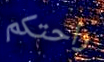
راحتكم